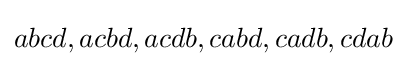
abcd,acbd,acdb,cabd,cadb,cdab